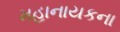
મહાનાયકના